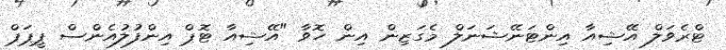
ޓްރެވަލް އޭޝިއާ އިންޓަނޭޝަނަލް މެގަޒިން އިން ހޮވާ "އޭޝިއާ ޓޮޕް އިންފުލުއެންސް ޕީޕަޕް